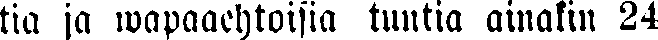
tia ja wapaaehtoisia tuntia ainakin 24